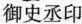
御史丞印'